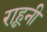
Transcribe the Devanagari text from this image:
राहूनी